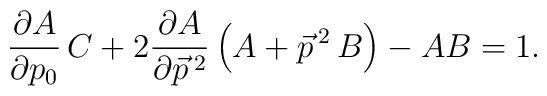
\frac{\partial A}{\partial p_0} \, C + 2 \frac{\partial A}{\partial \vec{p}\,{}^2} \left(A + \vec{p}\,{}^2 \, B\right) - AB = 1.